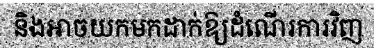
និងអាចយកមកដាក់ឱ្យដំណើរការវិញ